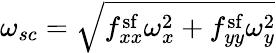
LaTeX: \omega_{sc}=\sqrt{f_{xx}^{\mathrm{sf}}\omega_{x}^{2}+f_{yy}^{\mathrm{sf}}\omega_{y}^{2}}